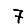
Digit: 7